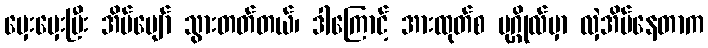
မှေးမှေးပြီး အိပ်ပျော် သွားတတ်တယ်၊ ဒါကြောင့် အားထုတ်စ ပုဂ္ဂိုလ်မှာ လှဲအိပ်နေတာက